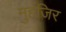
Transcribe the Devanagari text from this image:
मुहजिर